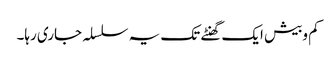
کم وبیش ایک گھنٹے تک یہ سلسلہ جاری رہا۔